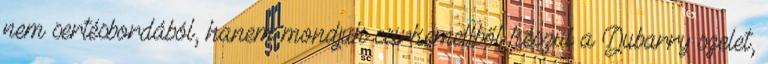
nem sertésbordából, hanem mondjuk csirkemellből készül a Dubarry szelet,